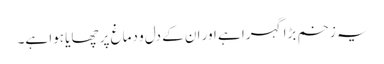
یہ زخم بڑا گہرا ہے اور ان کے دل و دماغ پر چھایا ہوا ہے۔